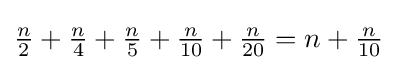
{\tfrac {n}{2}}+{\tfrac {n}{4}}+{\tfrac {n}{5}}+{\tfrac {n}{10}}+{\tfrac {n}{20}}=n+{\tfrac {n}{10}}